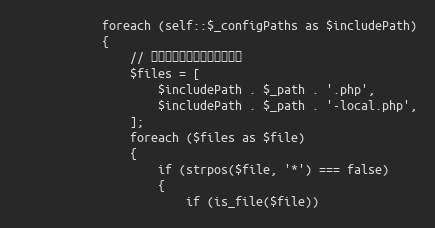
Language: PHP
            foreach (self::$_configPaths as $includePath)
            {
                // 检测和包含带下面后缀的文件
                $files = [
                    $includePath . $_path . '.php',
                    $includePath . $_path . '-local.php',
                ];
                foreach ($files as $file)
                {
                    if (strpos($file, '*') === false)
                    {
                        if (is_file($file))